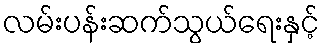
လမ်းပန်းဆက်သွယ်ရေးနှင့်